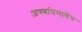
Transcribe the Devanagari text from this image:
अण्णांप्रमाणेच